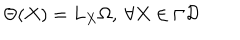
LaTeX: \Theta ( X ) = { L _ { X } } \Omega , \ \forall X \in \Gamma { \cal D }